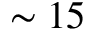
\sim 1 5